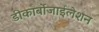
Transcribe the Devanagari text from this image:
डीकार्बोजाईलेशन